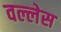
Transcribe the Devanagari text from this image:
वल्लेस